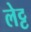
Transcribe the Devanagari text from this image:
लेट्ट